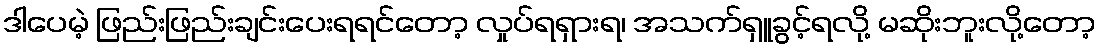
ဒါပေမဲ့ ဖြည်းဖြည်းချင်းပေးရရင်တော့ လှုပ်ရရှားရ၊ အသက်ရှူခွင့်ရလို့ မဆိုးဘူးလို့တော့